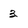
Character: 3